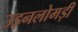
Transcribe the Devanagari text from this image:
उड़नलोमड़ी